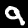
Digit: 9